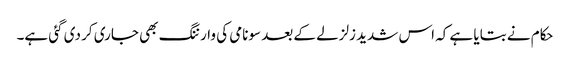
حکام نے بتایا ہے کہ اس شدید زلزلے کے بعد سونامی کی وارننگ بھی جاری کر دی گئی ہے۔